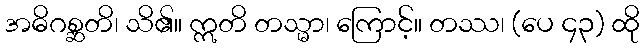
အဓိဂစ္ဆတိ၊ သိ၏။ ဣတိ တသ္မာ၊ ကြောင့်။ တဿ၊ (ပေ ၄၃) ထို